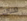
هناك